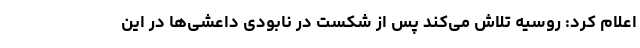
اعلام کرد: روسیه تلاش می‌کند پس از شکست در نابودی داعشی‌ها در این